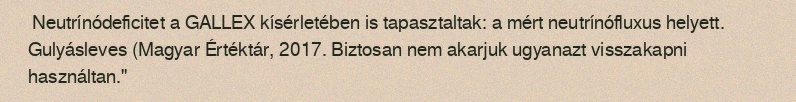
Neutrínódeficitet a GALLEX kísérletében is tapasztaltak: a mért neutrínófluxus helyett. Gulyásleves (Magyar Értéktár, 2017. Biztosan nem akarjuk ugyanazt visszakapni használtan."